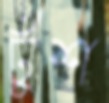
ঢুঁশ